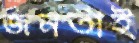
জনতাই